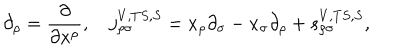
\partial _ { \rho } = \frac \partial { \partial x ^ { \rho } } , \quad j _ { \rho \sigma } ^ { V , T S , S } = x _ { \rho } \partial _ { \sigma } - x _ { \sigma } \partial _ { \rho } + s _ { \rho \sigma } ^ { V , T S , S } ,